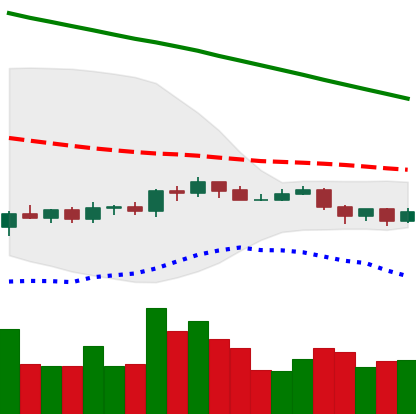
Ticker: ADA-USD
Chart end date: 2019-10-19
Forward return: -3.926%
Label: down_3_5